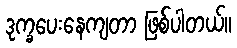
ဒုက္ခပေးနေကျတာ ဖြစ်ပါတယ်။